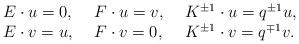
LaTeX: \begin{align*}\begin{array}{lll}E \cdot u = 0, ~ &F \cdot u =v, ~& K^{\pm 1} \cdot u = q^{\pm 1}u,\\E \cdot v = u, ~ &F \cdot v =0, ~& K^{\pm 1} \cdot v = q^{\mp 1}v.\end{array}\end{align*}